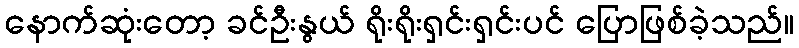
နောက်ဆုံးတော့ ခင်ဦးနွယ် ရိုးရိုးရှင်းရှင်းပင် ပြောဖြစ်ခဲ့သည်။